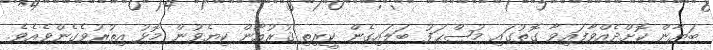
ބަޔާން ކޮށްދެއްވާފައިވާ ގޮތުގައި މުޞްޙަފު ބަލައިގެން ކީރިތި ޤުރުއާން ކިޔެވުން މޮޅު އިތުރުވެގެންވެއެވެ.